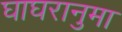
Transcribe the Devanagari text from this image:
घाघरानुमा